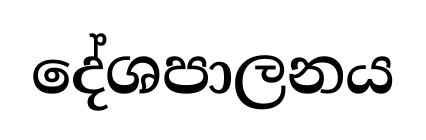
දේශපාලනය